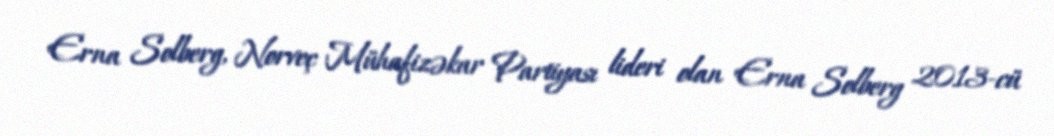
Erna Solberg, Norveç Mühafizəkar Partiyası lideri olan Erna Solberg 2013-cü